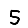
Digit: 5